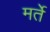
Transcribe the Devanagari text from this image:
मर्ते